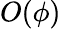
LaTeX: O(\phi)